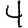
Digit: 4